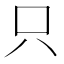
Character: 只